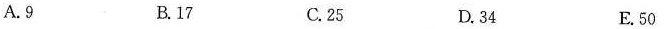
A.9 B.17 C.25 D.34 E.50